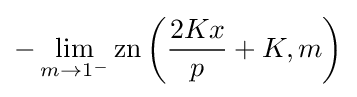
-\lim _{m\rightarrow 1^{-}}\operatorname {zn} \left({\frac {2Kx}{p}}+K,m\right)